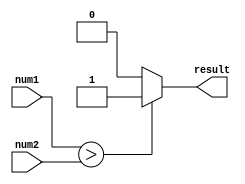
module unsigned_comparator (
    input [7:0] num1,
    input [7:0] num2,
    output reg result
);

always @ (*) begin
    if (num1 > num2) begin
        result = 1;
    end else begin
        result = 0;
    end
end

endmodule